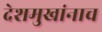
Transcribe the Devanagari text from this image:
देशमुखांनाच